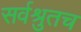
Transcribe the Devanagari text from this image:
सर्वश्रुतच